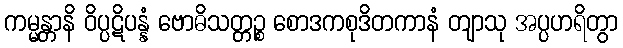
ကမ္မန္တာနိ ဝိပ္ပဋိပန္နံ ဗောဓိသတ္တဉ္စ စောဒကစုဒိတကာနံ တျာသု အပ္ပဟရိတွာ